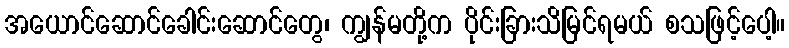
အယောင်ဆောင်ခေါင်းဆောင်တွေ၊ ကျွန်မတို့က ပိုင်းခြားသိမြင်ရမယ် စသဖြင့်ပေါ့။